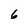
Character: 6